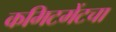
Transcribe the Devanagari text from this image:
कमिटमेंटचा